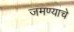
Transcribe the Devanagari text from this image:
जमण्याचे